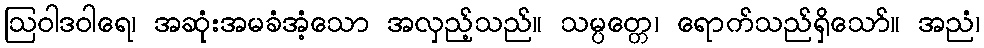
ဩဝါဒဝါရေ၊ အဆုံးအမခံအံ့သော အလှည့်သည်။ သမ္ပတ္တေ၊ ရောက်သည်ရှိသော်။ အညံ၊